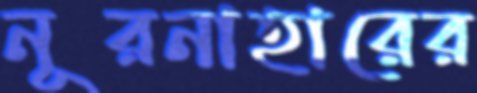
নূরনাহারের